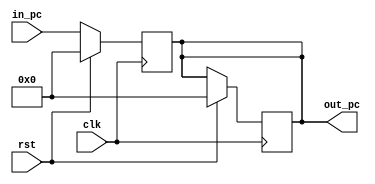
module pc_reg(input clk,rst,input [31:0] in_pc,output reg [31:0] out_pc);
	reg [31:0] pc;
	assign out_pc = pc;
	always@(posedge clk)begin
		if(rst)begin
			pc = 32'b0;
			out_pc = 32'b0;
		end
		else begin
			out_pc = pc;
			pc = in_pc;
		end
	end
endmodule